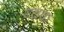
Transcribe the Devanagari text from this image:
दृढ़क